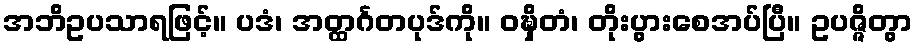
အဘိဥပသာရဖြင့်။ ပဒံ၊ အတ္ထင်္ဂတပုဒ်ကို။ ဝဍ္ဎှိတံ၊ တိုးပွားစေအပ်ပြီ။ ဥပဇ္ဇိတွာ